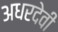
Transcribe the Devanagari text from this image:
अधरदेवी